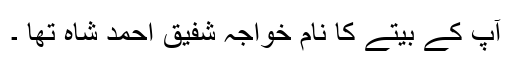
آپ کے بیتے کا نام خواجہ شفیق احمد شاہ تھا ۔